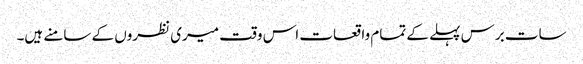
سات برس پہلے کے تمام واقعات اس وقت میری نظروں کے سامنے ہیں۔